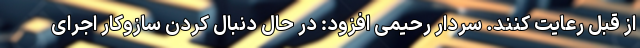
از قبل رعایت کنند. سردار رحیمی افزود: در حال دنبال کردن سازوکار اجرای